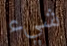
شيء